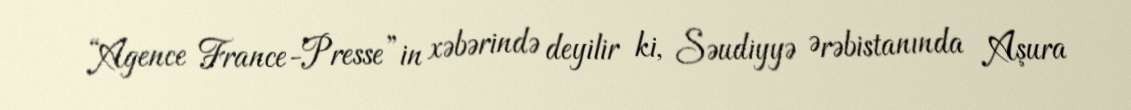
“Agence France-Presse”in xəbərində deyilir ki, Səudiyyə Ərəbistanında Aşura